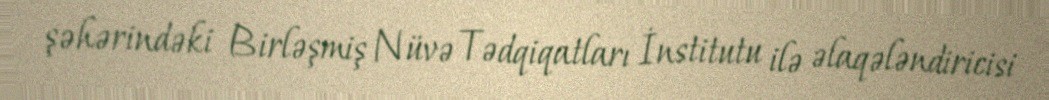
şəhərindəki Birləşmiş Nüvə Tədqiqatları İnstitutu ilə əlaqələndiricisi